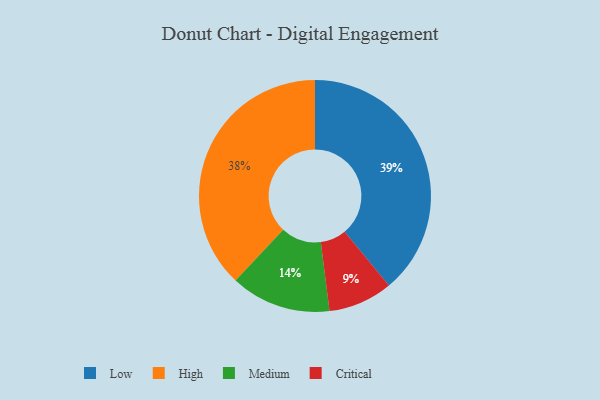
{"axis": {"x": "Category", "y": "Percentage"}, "legend": ["Critical", "High", "Low", "Medium"], "data": [{"x": "Low", "y": 39, "type": "Low"}, {"x": "Medium", "y": 14, "type": "Medium"}, {"x": "High", "y": 38, "type": "High"}, {"x": "Critical", "y": 9, "type": "Critical"}]}